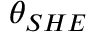
\theta _ { S H E }